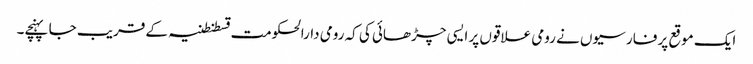
ایک موقع پر فارسیوں نے رومی علاقوں پر ایسی چڑھائی کی کہ رومی دارالحکومت قسطنطنیہ کے قریب جا پہنچے۔